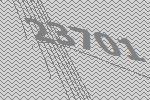
23701